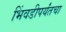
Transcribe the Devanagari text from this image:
भिंवडीपर्यंतचा